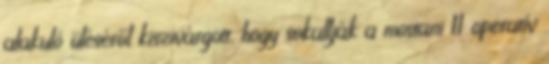
alakuló üléséről kiszivárgott, hogy sokallják a mostani 11 operatív